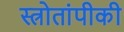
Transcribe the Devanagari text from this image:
स्त्रोतांपीकी